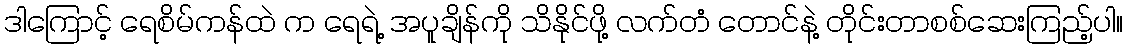
ဒါကြောင့် ရေစိမ်ကန်ထဲ က ရေရဲ့ အပူချိန်ကို သိနိုင်ဖို့ လက်တံ တောင်နဲ့ တိုင်းတာစစ်ဆေးကြည့်ပါ။